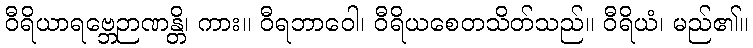
ဝီရိယာရဗ္ဘေဉာဏန္တိ၊ ကား။ ဝီရဘာဝေါ၊ ဝီရိယစေတသိတ်သည်။ ဝီရိယံ၊ မည်၏။